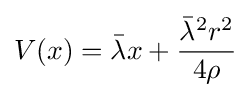
V(x)={\bar {\lambda }}x+{\frac {{\bar {\lambda }}^{2}r^{2}}{4\rho }}